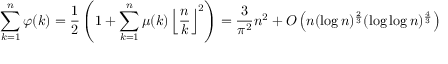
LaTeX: \sum _ { k = 1 } ^ { n } \varphi ( k ) = { \frac { 1 } { 2 } } \left( 1 + \sum _ { k = 1 } ^ { n } \mu ( k ) \left\lfloor { \frac { n } { k } } \right\rfloor ^ { 2 } \right) = { \frac { 3 } { \pi ^ { 2 } } } n ^ { 2 } + O \left( n ( \log n ) ^ { \frac { 2 } { 3 } } ( \log \log n ) ^ { \frac { 4 } { 3 } } \right)